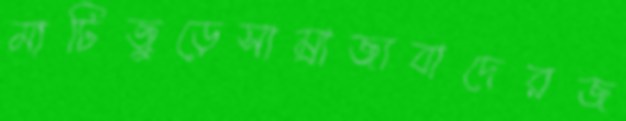
মাটিজুড়েসাম্রাজ্যবাদেরজ